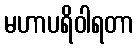
မဟာပရိဝါရတာ